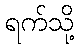
ရက်သို့